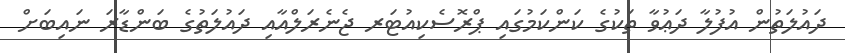
ދައުލަތުން އުފުލާ ދަޢުވާ ތަކުގެ ކަންކަމުގައި ޕްރޮސެކިއުޓަރ ޖެނެރަލްއާއި ދައުލަތުގެ ބަންޑާރަ ނައިބަށް